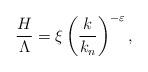
LaTeX: \begin{align*}{\frac{H}{\Lambda }}=\xi \left( {\frac{k}{k_{n}}}\right) ^{-\varepsilon },\end{align*}